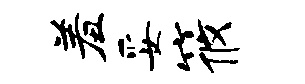
羞妥筱